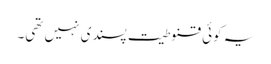
یہ کوئی قنوطیت پسندی نہیں تھی۔